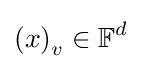
\left(x\right)_{v}\in \mathbb {F} ^{d}